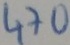
Text: 470